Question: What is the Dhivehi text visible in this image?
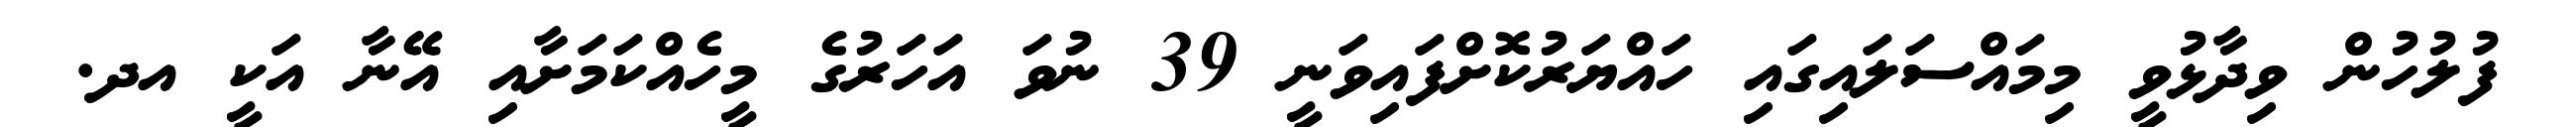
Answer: ފުލުހުން ވިދާޅުވީ މިމައްސަލައިގައި ހައްޔަރުކޮށްފައިވަނީ 39 ނުވަ އަހަރުގެ މީހެއްކަމަށާއި އޭނާ އަކީ އދ.